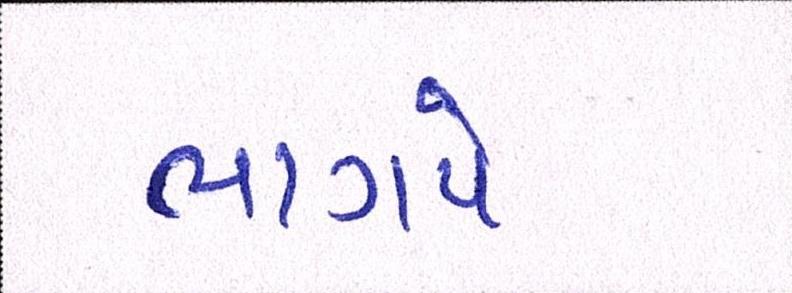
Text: ભાગપે